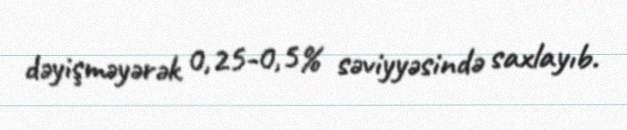
dəyişməyərək 0,25-0,5% səviyyəsində saxlayıb.